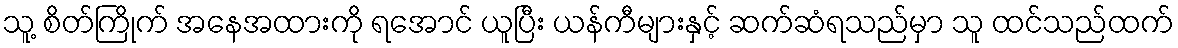
သူ့ စိတ်ကြိုက် အနေအထားကို ရအောင် ယူပြီး ယန်ကီများနှင့် ဆက်ဆံရသည်မှာ သူ ထင်သည်ထက်